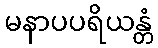
မနာပပရိယန္တံ